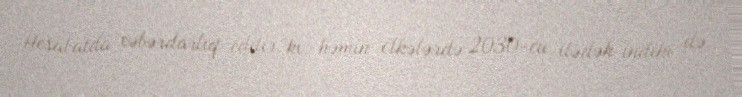
Hesabatda xəbərdarlıq edilir ki, həmin ölkələrdə 2030-cu ilədək indiki ilə